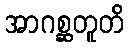
အာဂစ္ဆတူတိ